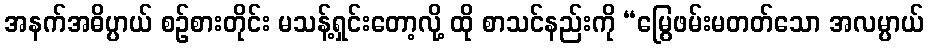
အနက်အဓိပ္ပာယ် စဉ်စားတိုင်း မသန့်ရှင်းတော့လို့ ထို စာသင်နည်းကို “မြွေဖမ်းမတတ်သော အလမ္ပာယ်